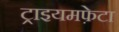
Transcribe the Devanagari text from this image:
ट्राइयमफ़ेटा